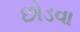
છોડવા